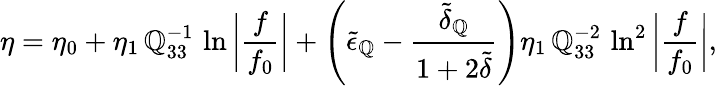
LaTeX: \eta=\eta_{0}+\eta_{1}\, \mathbb{Q}_{33}^{-1}\, \ln{\bigg|\frac{{f}}{{f_{0}}}\bigg|}+\left(\tilde{{\epsilon}}_{\mathbb{Q}}-\frac{{\tilde{{\delta}}_{\mathbb{Q}}}}{{1+2\tilde{{\delta}}}}\right)\eta_{1}\, \mathbb{Q}_{33}^{-2}\, \ln^{2}{\bigg|\frac{{f}}{{f_{0}}}\bigg|},